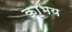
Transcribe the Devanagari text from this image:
काभय